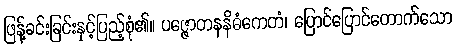
ဖြန့်ခင်းခြင်းနှင့်ပြည့်စုံ၏။ ပဇ္ဇောတနနိဓံကေတံ၊ ပြောင်ပြောင်တောက်သော